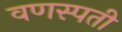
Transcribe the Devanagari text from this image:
वणस्पती